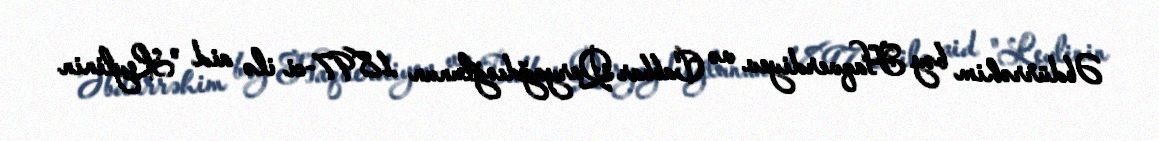
Əbdürrəhim bəy Haqverdiyev və Cabbar Qaryağdıoğlunun 1897-ci ilə aid "Leylinin